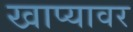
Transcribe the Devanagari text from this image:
खाप्यावर